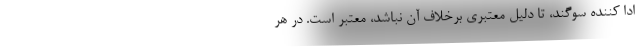
ادا کننده سوگند، تا دلیل معتبری برخلاف آن نباشد، معتبر است. در هر